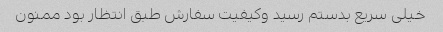
خیلی سریع بدستم رسید و‌کیفیت سفارش طبق انتظار بود ممنون